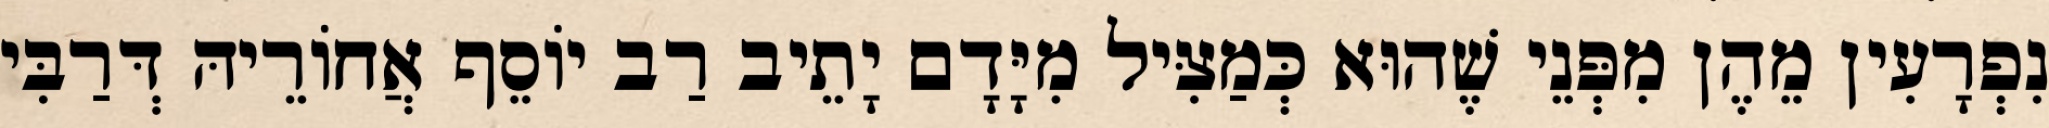
נִפְרָעִין מֵהֶן מִפְּנֵי שֶׁהוּא כְּמַצִּיל מִיָּדָם יָתֵיב רַב יוֹסֵף אֲחוֹרֵיהּ דְּרַבִּי